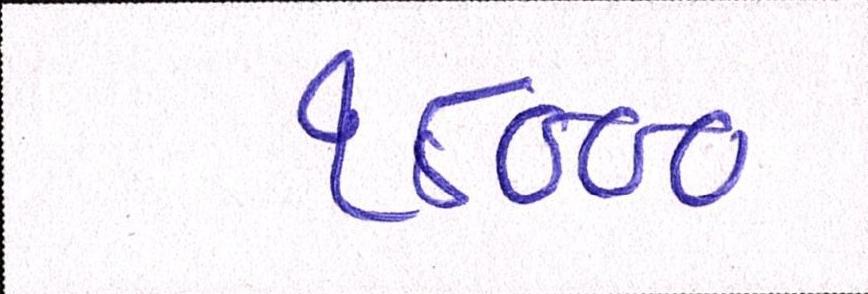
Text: ૧૮૦૦૦